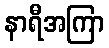
နာရီအကြာ